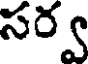
సర్వ